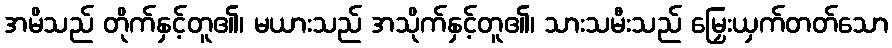
အမိသည် တိုက်နှင့်တူ၏၊ မယားသည် အသိုက်နှင့်တူ၏၊ သားသမီးသည် မြှေးယှက်တတ်သော